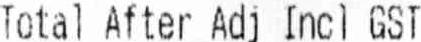
TOTAL AFTER ADJ INCL GST